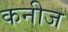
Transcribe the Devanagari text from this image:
कनीज